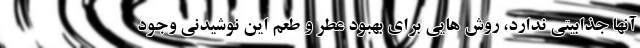
آنها جذابیتی ندارد، روش هایی برای بهبود عطر و طعم این نوشیدنی وجود